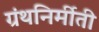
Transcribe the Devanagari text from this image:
ग्रंथनिर्मीती